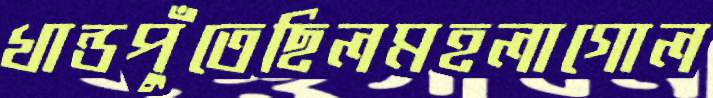
খান্ডপুঁতেছিলমহলাগোল